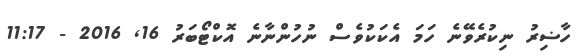
ހާޟިރު ނިކުރެވޭނެ ހަމަ އެކަކުވެސް ނުހުންނާނެ އޮކްޓޯބަރު 16